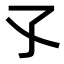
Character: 孓